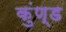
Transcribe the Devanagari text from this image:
कुंण्ड